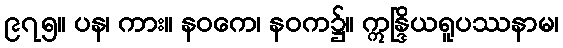
၉၇၅။ ပန၊ ကား။ နဝကေ၊ နဝက၌။ ဣန္ဒြိယရူပဿနာမ၊